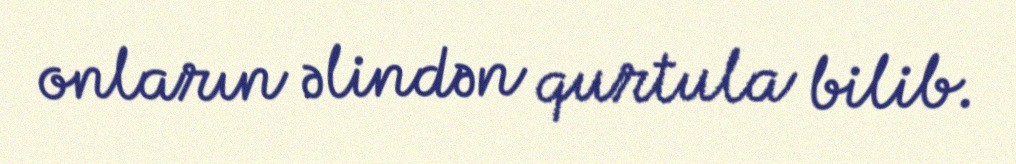
onların əlindən qurtula bilib.